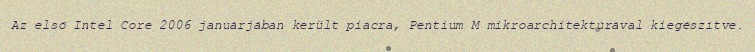
Az első Intel Core 2006 januárjában került piacra, Pentium M mikroarchitektúrával kiegészítve.